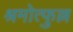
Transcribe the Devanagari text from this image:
श्रमोत्फुल्ल